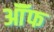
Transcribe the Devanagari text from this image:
ऑॅफ